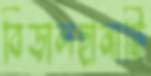
বিড়ালছানাটি